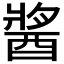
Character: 𨡓